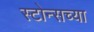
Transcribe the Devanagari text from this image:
स्टोन्सच्या